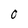
Character: O